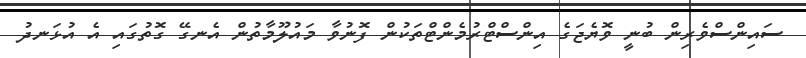
ސައިންސްވެރިން ބުނީ ވޮޔެޖަގެ އިންސްޓްރުމެންޓްތަކުން ފޮނުވާ މައުލޫމާތުން އެނގޭ ގޮތުގައި އެ އުޅަނދު